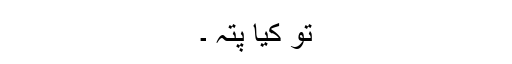
تو کیا پتہ ۔